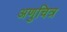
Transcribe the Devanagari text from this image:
अणुचित्र